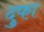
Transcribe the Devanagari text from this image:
दुफा